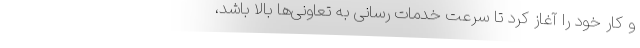
و کار خود را آغاز کرد تا سرعت خدمات رسانی به تعاونی‌ها بالا باشد،